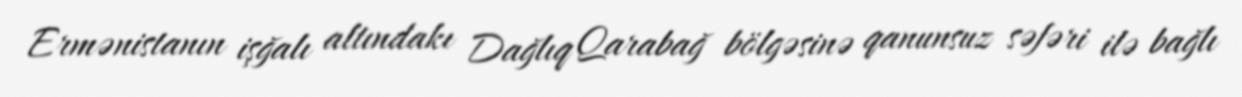
Ermənistanın işğalı altındakı Dağlıq Qarabağ bölgəsinə qanunsuz səfəri ilə bağlı